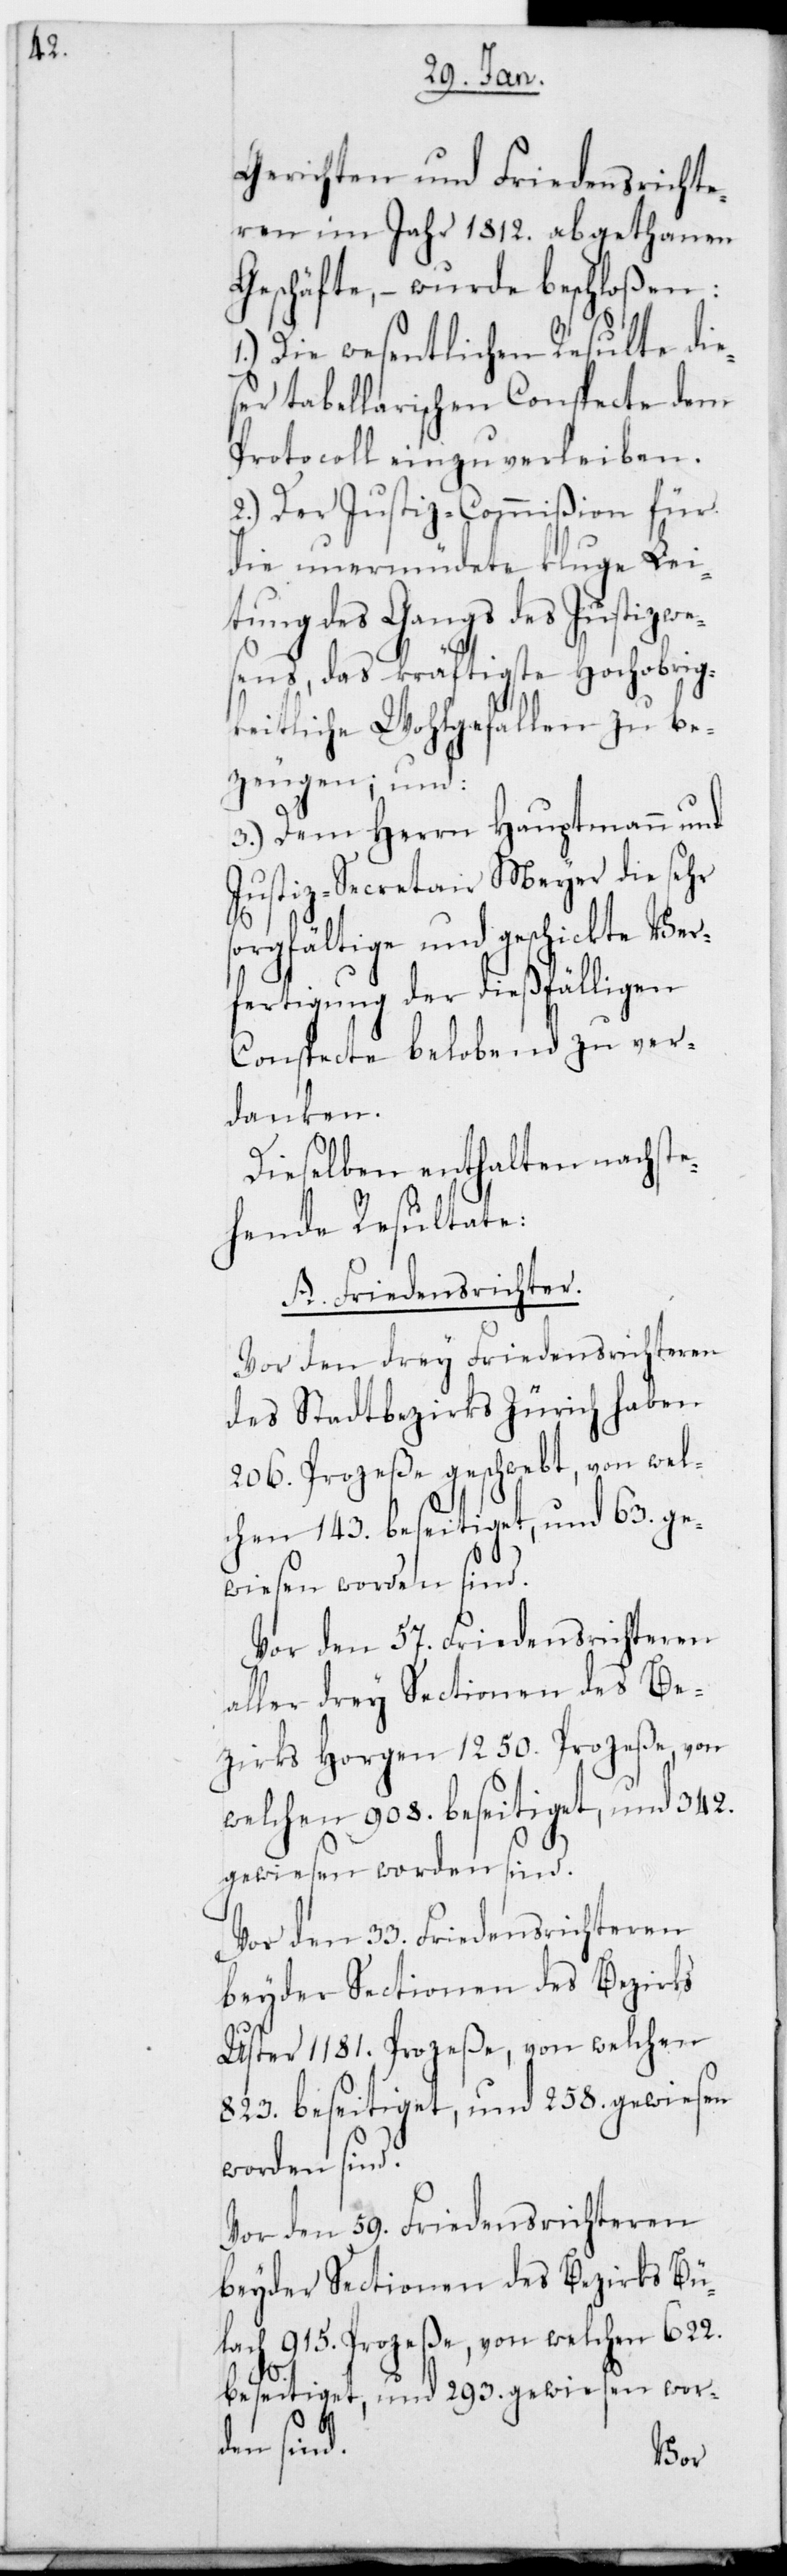
Gerichten und Friedensrichte¬
ren im Jahr 1812. abgethanen
Geschäfte, – wurde berschloßen:
1.) Die wesentlichen Resultate die¬
ser tabellarischen Conspecte dem
Protocoll einzuverleiben.
2.) Der Justiz-Commißion für
die unermüdete kluge Lei¬
tung des Gangs des Justizwe¬
sens, das kräftigste Hochobrig¬
keitliche Wohlgefallen zu be¬
zeugen, und
3.) Dem Herrn Hauptmann und
Justiz-Secretair Meyer die sehr
gfältige und geschickte Ver¬
fertigung der dießfälligen
Conspecte belobend zu ver¬
danken.
Dieselben enthalten nachste¬
hende Resultate:
A. Friedensrichter.
Vor den drey Friedensrichteren
des Stadtbezirks Zürich haben
206. Prozeße geschwebt, von wel¬
chen 143. beseitiget und 63. ge¬
wiesen worden sind.
Vor den 57. Friedensrichteren
aller drey Sectionen des Be¬
zirks Horgen 1250. Prozeße, von
welchen 908. beseitiget und 342.
gewiesen worden sind.
Vor den 33. Friedensrichteren
beyder Sectionen des Bezirks
Uster 1181. Prozeße, von welchen
823. beseitiget und 258. gewiesen
worden sind.
Vor den 59. Friedensrichteren
beyder Sectionen des Bezirks Bü¬
lach 915. Prozeße, von welchen 622.
beseitiget und 293. gewiesen wor¬
den sind.
sor¬